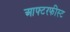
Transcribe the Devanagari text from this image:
आफ्टरफीस्ट